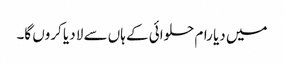
میں دیا رام حلوائی کے ہاں سے لا دیا کروں گا۔